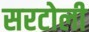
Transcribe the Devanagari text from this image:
सरटोली